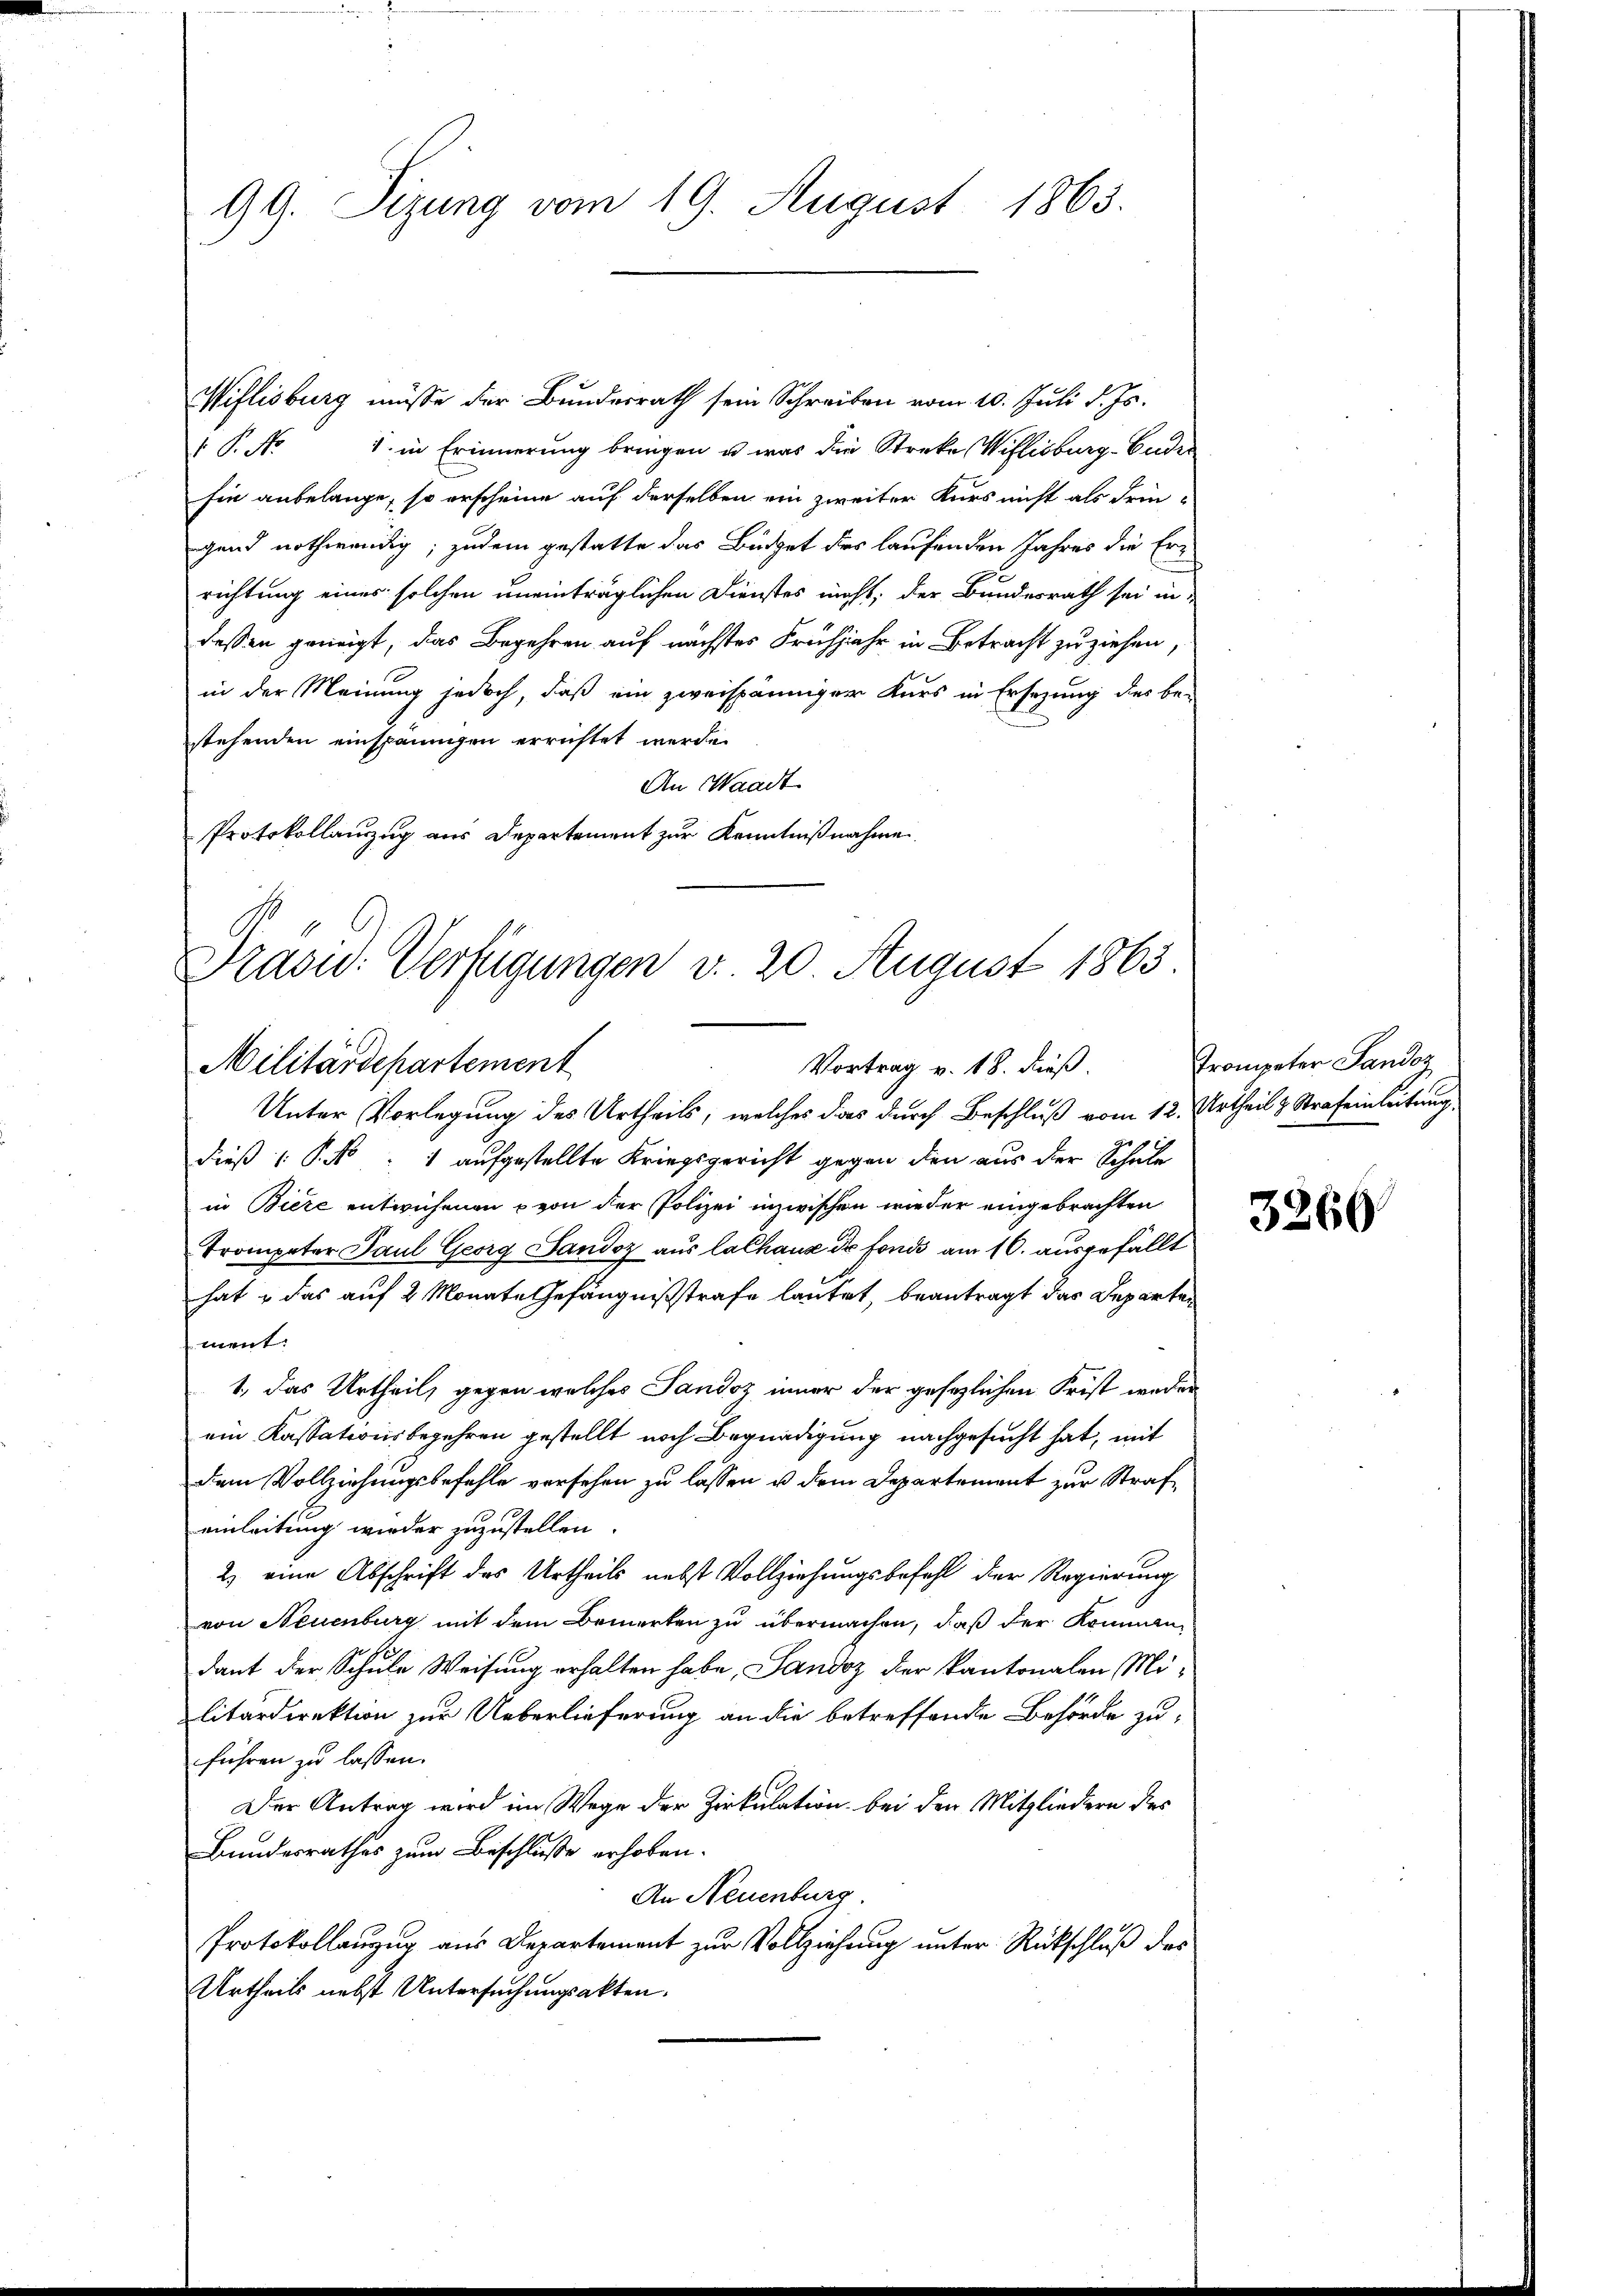
99. Sizung vom 19. August 1863.

Wiflisburg müsse der Bundesrath sein Schreiben vom 10. Juli d. Js.
 P. No 1. in Erinnerung bringen u. was die Streke Wiflisburg-Guder
sie anbelange, so erscheine auf derselben ein zweiter Kurs nicht als dringend nothwendig; zudem gestatte das Büdget des laufenden Jahres die Errichtung eines solchen uneinträglichen Dienstes nicht, der Bundesrath sei in-
dessen geneigt, das Begehren auf nächstes Frühjahr in Betracht zuziehen,
in der Meinung jedoch, daß ein zweispänniger Kurs in Ersezung des be-
stehenden einspänigen errichtet werde.
An Waadt
Protokollauszug aus Departement zur Kenntnißnahme

Drasw: Verfügungen v. 20 August 1865.
Militärdepartement
Vortrag v. 18. dieß.

Unter Vorlegung des Urtheils, welches das durch Beschluß vom 12. Urtheil & Strafeinleitung
dieß (: P. No. 1 aufgestellte Kriegsgericht gegen den aus der Schule
in Biere entwichenen von der Polizei inzwischen wieder eingebrachten
Trompeter Paul Georg Landoz aus la Chaux de fond am 10. ausgefällt
hat u das auf 2 Monate Gefängnißstrafe lautet, beantragt das Departen
ment.
1., das Urtheil, gegen welches Sandoz inner der gesezlichen Frist weder
ein Kassationsbegehren gestellt noch Begnadigung nachgesucht hat, mit
dem Vollziehungsbefehle versehen zu lassen u dem Departement zur Strafeinleitung wieder zuzustellen.
2) eine Abschrift des Urtheils nebst Vollziehungsbefehl der Regierung
von Neuenburg mit dem Bemerken zu übermachen, daß der Kommen
dant der Schule Weisung erhalten habe, Sandoz der Kantonalen Militärdirektion zur Ueberlieferung an die betreffende Behörde zu-
führen zu lassen.
Der Antrag wird im Wege der Zirkulation bei den Mitgliedern des
Bundesrathes zum Beschlusse erhoben.
An Neuenburg
Protokollanzug aus Departement zur Vollziehung unter Rückschluß des
Urtheils nebst Untersuchungsakten.

Trompeter Sandoz

3260